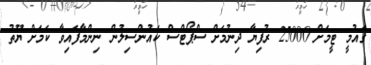
ގައުމީ ޓީމަށް 25000 ރުފިޔާ ދިނުމަށް ސްޕޯޓްސް ކައުންސިލުން ނިންމާފައިވާ ކަމަށް ޔޫތު